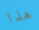
هذا